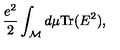
{ \frac { e ^ { 2 } } { 2 } } \int _ { \cal M } d \mu \mathrm { T r } ( E ^ { 2 } ) ,